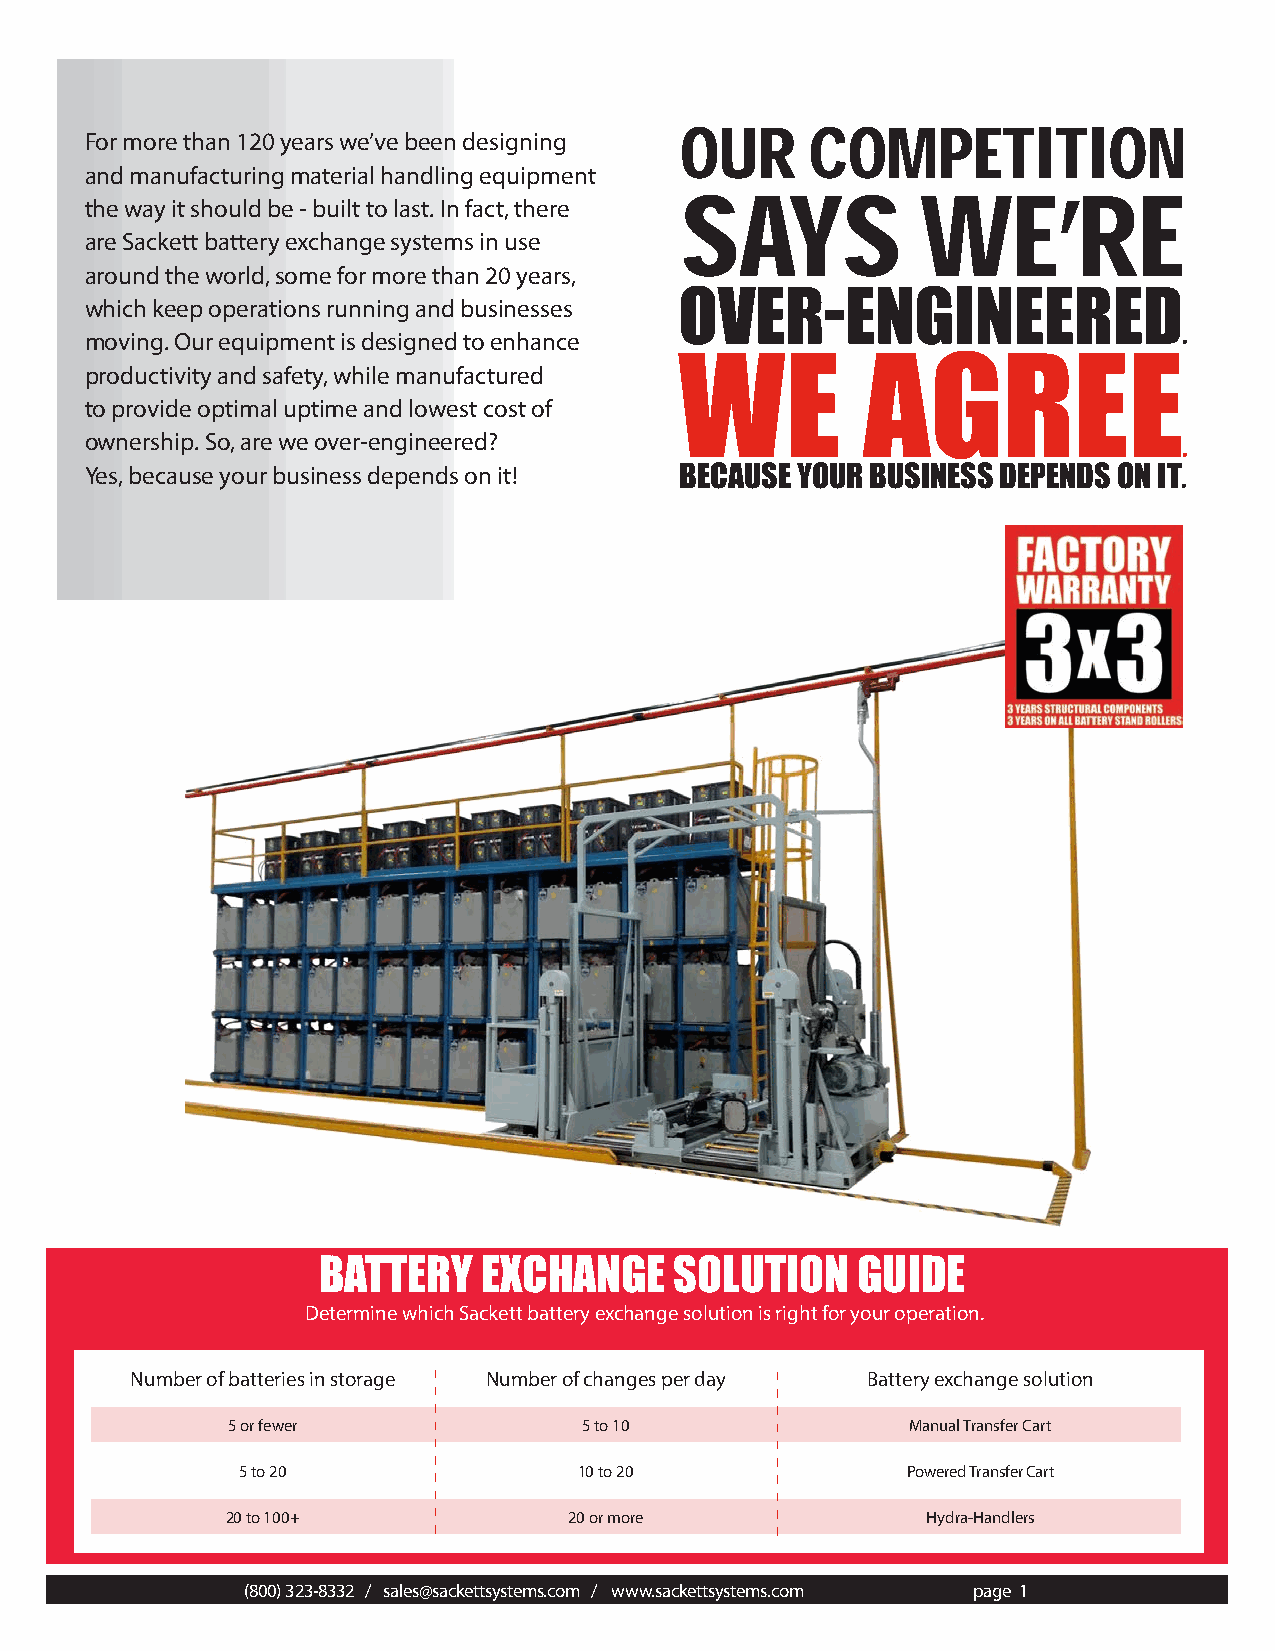
For more than 120 years we’ve been designing OUR COMPETITION
 and manufacturing material handling equipment
 the way it should be - built to last. In fact, there SAYS WE’RE
 are Sackett battery exchange systems in use
 around the world, some for more than 20 years,
 which keep operations running and businesses OVER-ENGINEERED
 .
 moving. Our equipment is designed to enhance
 productivity and safety, while manufactured WE     AGREE
 to provide optimal uptime and lowest cost of
 ownership. So, are we over-engineered?                                  .
 Yes, because your business depends on it! BECAUSE YOUR BUSINESS DEPENDS ON IT.
 BATTERY    EXCHANGE     SOLUTION    GUIDE
 Determine which Sackett battery exchange solution is right for your operation.
 Number of batteries in storage Number of changes per day Battery exchange solution
 5 or fewer              5 to 10              Manual Transfer Cart
 5 to 20               10 to 20              Powered Transfer Cart
 20 to 100+             20 or more             Hydra-Handlers
 (800) 323-8332 / sales@sackettsystems.com / www.sackettsystems.com page 1